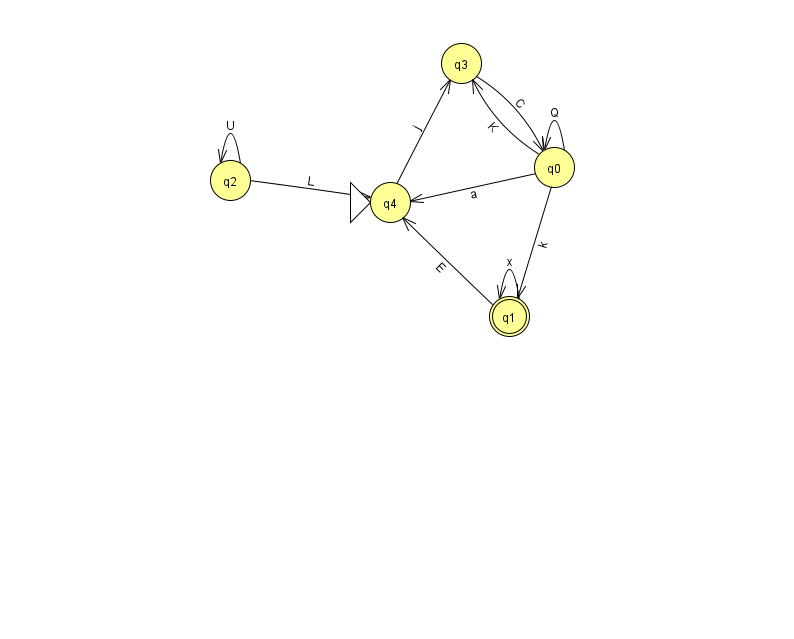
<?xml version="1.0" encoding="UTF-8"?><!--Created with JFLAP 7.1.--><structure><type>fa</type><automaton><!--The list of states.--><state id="0" name="q0"><x>554.0</x><y>154.0</y></state><state id="1" name="q1"><x>509.0</x><y>303.0</y><final/></state><state id="2" name="q2"><x>230.0</x><y>167.0</y></state><state id="3" name="q3"><x>461.0</x><y>50.0</y></state><state id="4" name="q4"><x>390.0</x><y>189.0</y><initial/></state><!--The list of transitions.--><transition><from>2</from><to>4</to><read>L</read></transition><transition><from>0</from><to>0</to><read>Q</read></transition><transition><from>0</from><to>4</to><read>a</read></transition><transition><from>4</from><to>3</to><read>j</read></transition><transition><from>1</from><to>4</to><read>E</read></transition><transition><from>2</from><to>2</to><read>U</read></transition><transition><from>0</from><to>3</to><read>K</read></transition><transition><from>0</from><to>1</to><read>k</read></transition><transition><from>1</from><to>1</to><read>x</read></transition><transition><from>3</from><to>0</to><read>C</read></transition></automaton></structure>